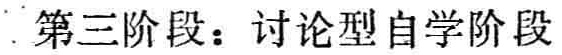
第三阶段：讨论型自学阶段